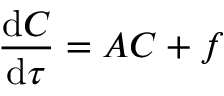
\frac { \mathrm { d } \boldsymbol { C } } { \mathrm { d } \tau } = \boldsymbol { A } \boldsymbol { C } + \boldsymbol { f }